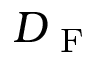
D _ { \mathrm { ~ F ~ } }